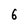
Character: 6